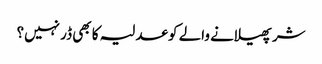
شر پھیلانے والے کو عدلیہ کا بھی ڈر نہیں؟